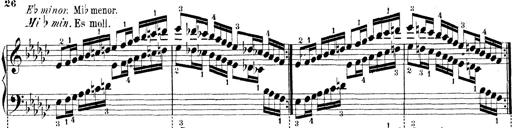
Title: Technische Studien
Composer: Franz Liszt